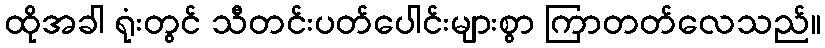
ထိုအခါ ရုံးတွင် သီတင်းပတ်ပေါင်းများစွာ ကြာတတ်လေသည်။